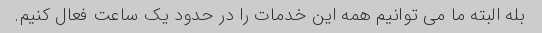
بله البته ما می توانیم همه این خدمات را در حدود یک ساعت فعال کنیم.